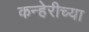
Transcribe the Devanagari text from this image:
कन्हेरीच्या